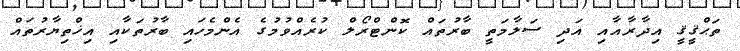
ތަޙްޤީޤީ އިދާރާއާއި އަދި ސަލާމަތީ ބާރުތައް ކޮންޓްރޯލް ކުރެއްވުމުގެ އެންމެހައި ބާރުތަކާއި އިޚްތިޔާރުތައް